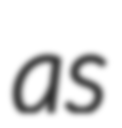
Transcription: as